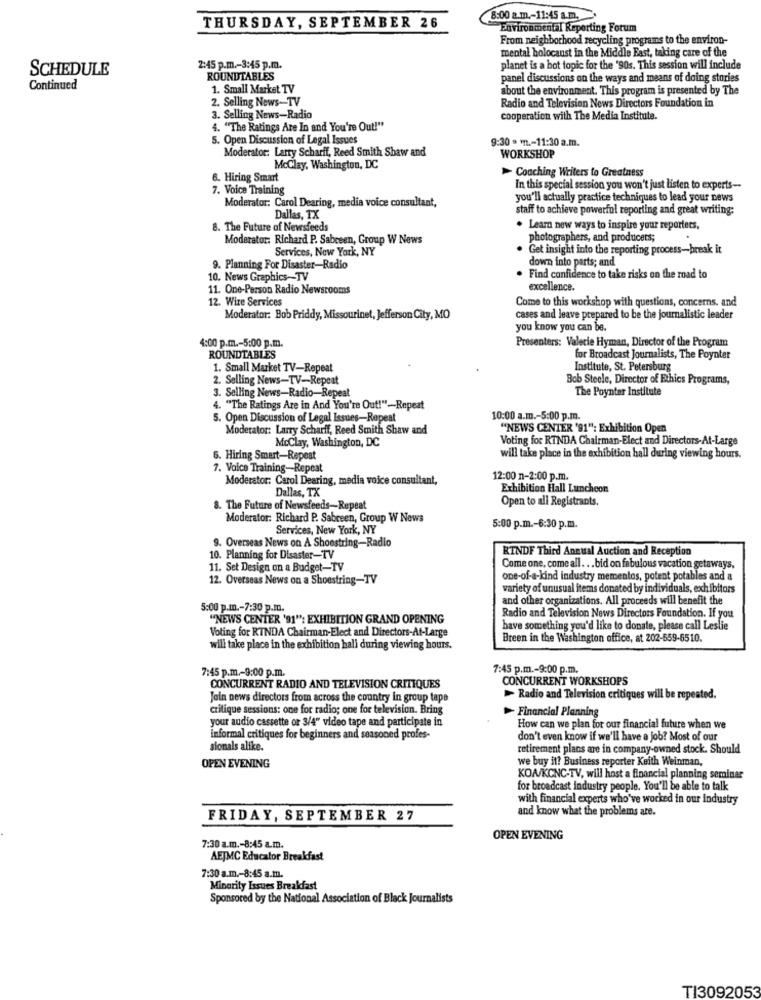
8:00 a.m .- 11:45 a.m.
THURSDAY, SEPTEMBER 26
Environmental Reporting Forum
From neighborhood recycling programs to the environ-
mental holocaust in the Middle East, taking care of the
SCHEDULE
2:45 p.m .- 3:45 p.m.
planet is a hot topic for the '90s. This session will include
ROUNDTABLES
panel discussions on the ways and means of doing stories
Continued
1. Small Market TV
about the environment. This program is presented by The
2. Selling News-TV
Radio and Television News Directors Foundation in
3. Selling News-Radio
cooperation with The Media Institute.
4. "The Ratings Are In and You're Out!"
5. Open Discussion of Legal Issues
9:30 . v .- 11:30 a.m.
Moderator: Larry Scharff, Reed Smith Shaw and
WORKSHOP
McClay, Washington, DC
> Coaching Writers to Greatness
6. Hiring Smart
7. Voice Training
In this special session you won't just listen to experts-
Moderator: Carol Dearing, media voice consultant,
you'll actually practice techniques to lead your news
Dallas, TX
staff to achieve powerful reporting and great writing:
8. The Future of Newsfeeds
. Learn new ways to inspire your reporters,
Moderator: Richard P. Sabeeen, Group W News
photographers, and producets;
Services, New York, NY
Get insight into the reporting process-break it
down into parts; and
9. Planning For Disaster-Radio
10. News Graphics -- TV
Find confidence to take risks on the road to
11. One-Person Radio Newsrooms
excellence.
12. Wire Services
Come to this workshop with questions, concerns. and
Moderator: Bob Priddy, Missourinet, Jefferson City, MO
cases and leave prepared to be the journalistic leader
you know you can be.
4:00 p.m .- 5:00 p.m.
Presenters: Valecie Hyman, Director of the Program
ROUNDTABLES
for Broadcast Journalists, The Poynter
1. Small Market TV-Repeat
Institute, St. Petersburg
2. Selling News-TV-Repeat
Bob Steele, Director of Ethics Programs,
3. Selling News-Radio-Repeat
The Poynter Institute
4. "The Ratings Are in And You're Out!"-Repeat
5. Open Discussion of Legal Issues-Repeat
10:00 a.m .- 5:00 p.m.
Moderator: Larry Scharff, Reed Smith Shaw and
""NEWS CENTER '91": Exhibition Open
McClay, Washington, DC
Voting for RTNDA Chairman-Elect and Directors-At-Large
6. Hiring Smart-Repeat
will take place in the exhibition hall during viewing hours.
7. Voice Training-Repeat
Moderator: Carol Dearing, media voice consultant,
12:00 n-2:00 p.m.
Dallas, TX
Exhibition Hall Luncheon
Open to all Registrants.
8. The Future of Newsfeeds-Repeat
Moderator: Richard P. Sabreen, Group W News
Services, New York, NY
5:00 p.m .- 6:30 p.m.
9. Overseas News on A Shoestring-Radio
RINDF Third Annual Auction and Reception
10. Planning for Disaster-TV
11. Set Design on a Budget-TV
Come one, come all. .. bid on fabulous vacation getaways,
12. Overseas News on a Shoestring-TV
one-of-a-kind industry mementos, potent potables and a
variety of unusual items donated by individuals, exhibitors
and other organizations. All proceeds will benefit the
5:00 p.m .- 7:30 p.m.
Radio and Television News Directors Foundation. If you
"NEWS CENTER '91": EXHIBITION GRAND OPENING
Voting for RTNDA Chairman-Elect and Directors-At-Large
have something you'd like to donate, please call Leslie
Breen in the Washington office, at 202-559-6510.
will take place in the exhibition hall during viewing hours.
7:45 p.m .- 9:00 p.m.
7:45 p.m .- 9:00 p.m.
CONCURRENT WORKSHOPS
CONCURRENT RADIO AND TELEVISION CRITIQUES
Join news directors from across the country in group tape
- Radio and Television critiques will be repeated.
critique sessions: one for radio; one for television. Bring
Financial Planning
your audio cassette or 3/4" video tape and participate in
How can we plan for our financial future when we
Informal critiques for beginners and seasoned profes-
don't even know if we'll have a job? Most of our
sionals alike.
retirement plans are in company-owned stock. Should
we buy it? Business reporter Keith Weinman,
OPEN EVENING
KOA/KCNC-TV, will host a financial planning seminar
for broadcast industry people. You'll be able to talk
with financial experts who've worked in our Industry
and know what the problems are.
FRIDAY, SEPTEMBER 27
OPEN EVENING
7:30 a.m .- 8:45 a.m.
AEJMC Educator Breakfast
7:30 a.m .- 8:45 a.m.
Minority Issues Breakfast
Sponsored by the National Association of Black Journalists
TI3092053